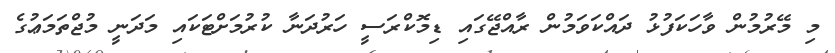
މި މޭރުމުން ވާހަކަފުޅު ދައްކަވަމުން ރާއްޖޭގައި ޑިމޮކްރަސީ ހަރުދަނާ ކުރުމަށްޓަކައި މަދަނީ މުޖްތަމަޢުގެ